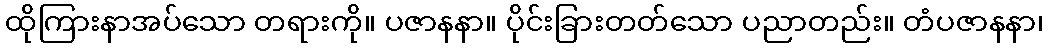
ထိုကြားနာအပ်သော တရားကို။ ပဇာနနာ။ ပိုင်းခြားတတ်သော ပညာတည်း။ တံပဇာနနာ၊